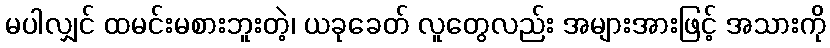
မပါလျှင် ထမင်းမစားဘူးတဲ့၊ ယခုခေတ် လူတွေလည်း အများအားဖြင့် အသားကို